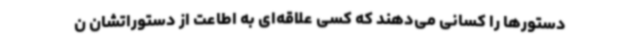
دستورها را کسانی می‌دهند که کسی علاقه‌ای به اطاعت از دستوراتشان ن